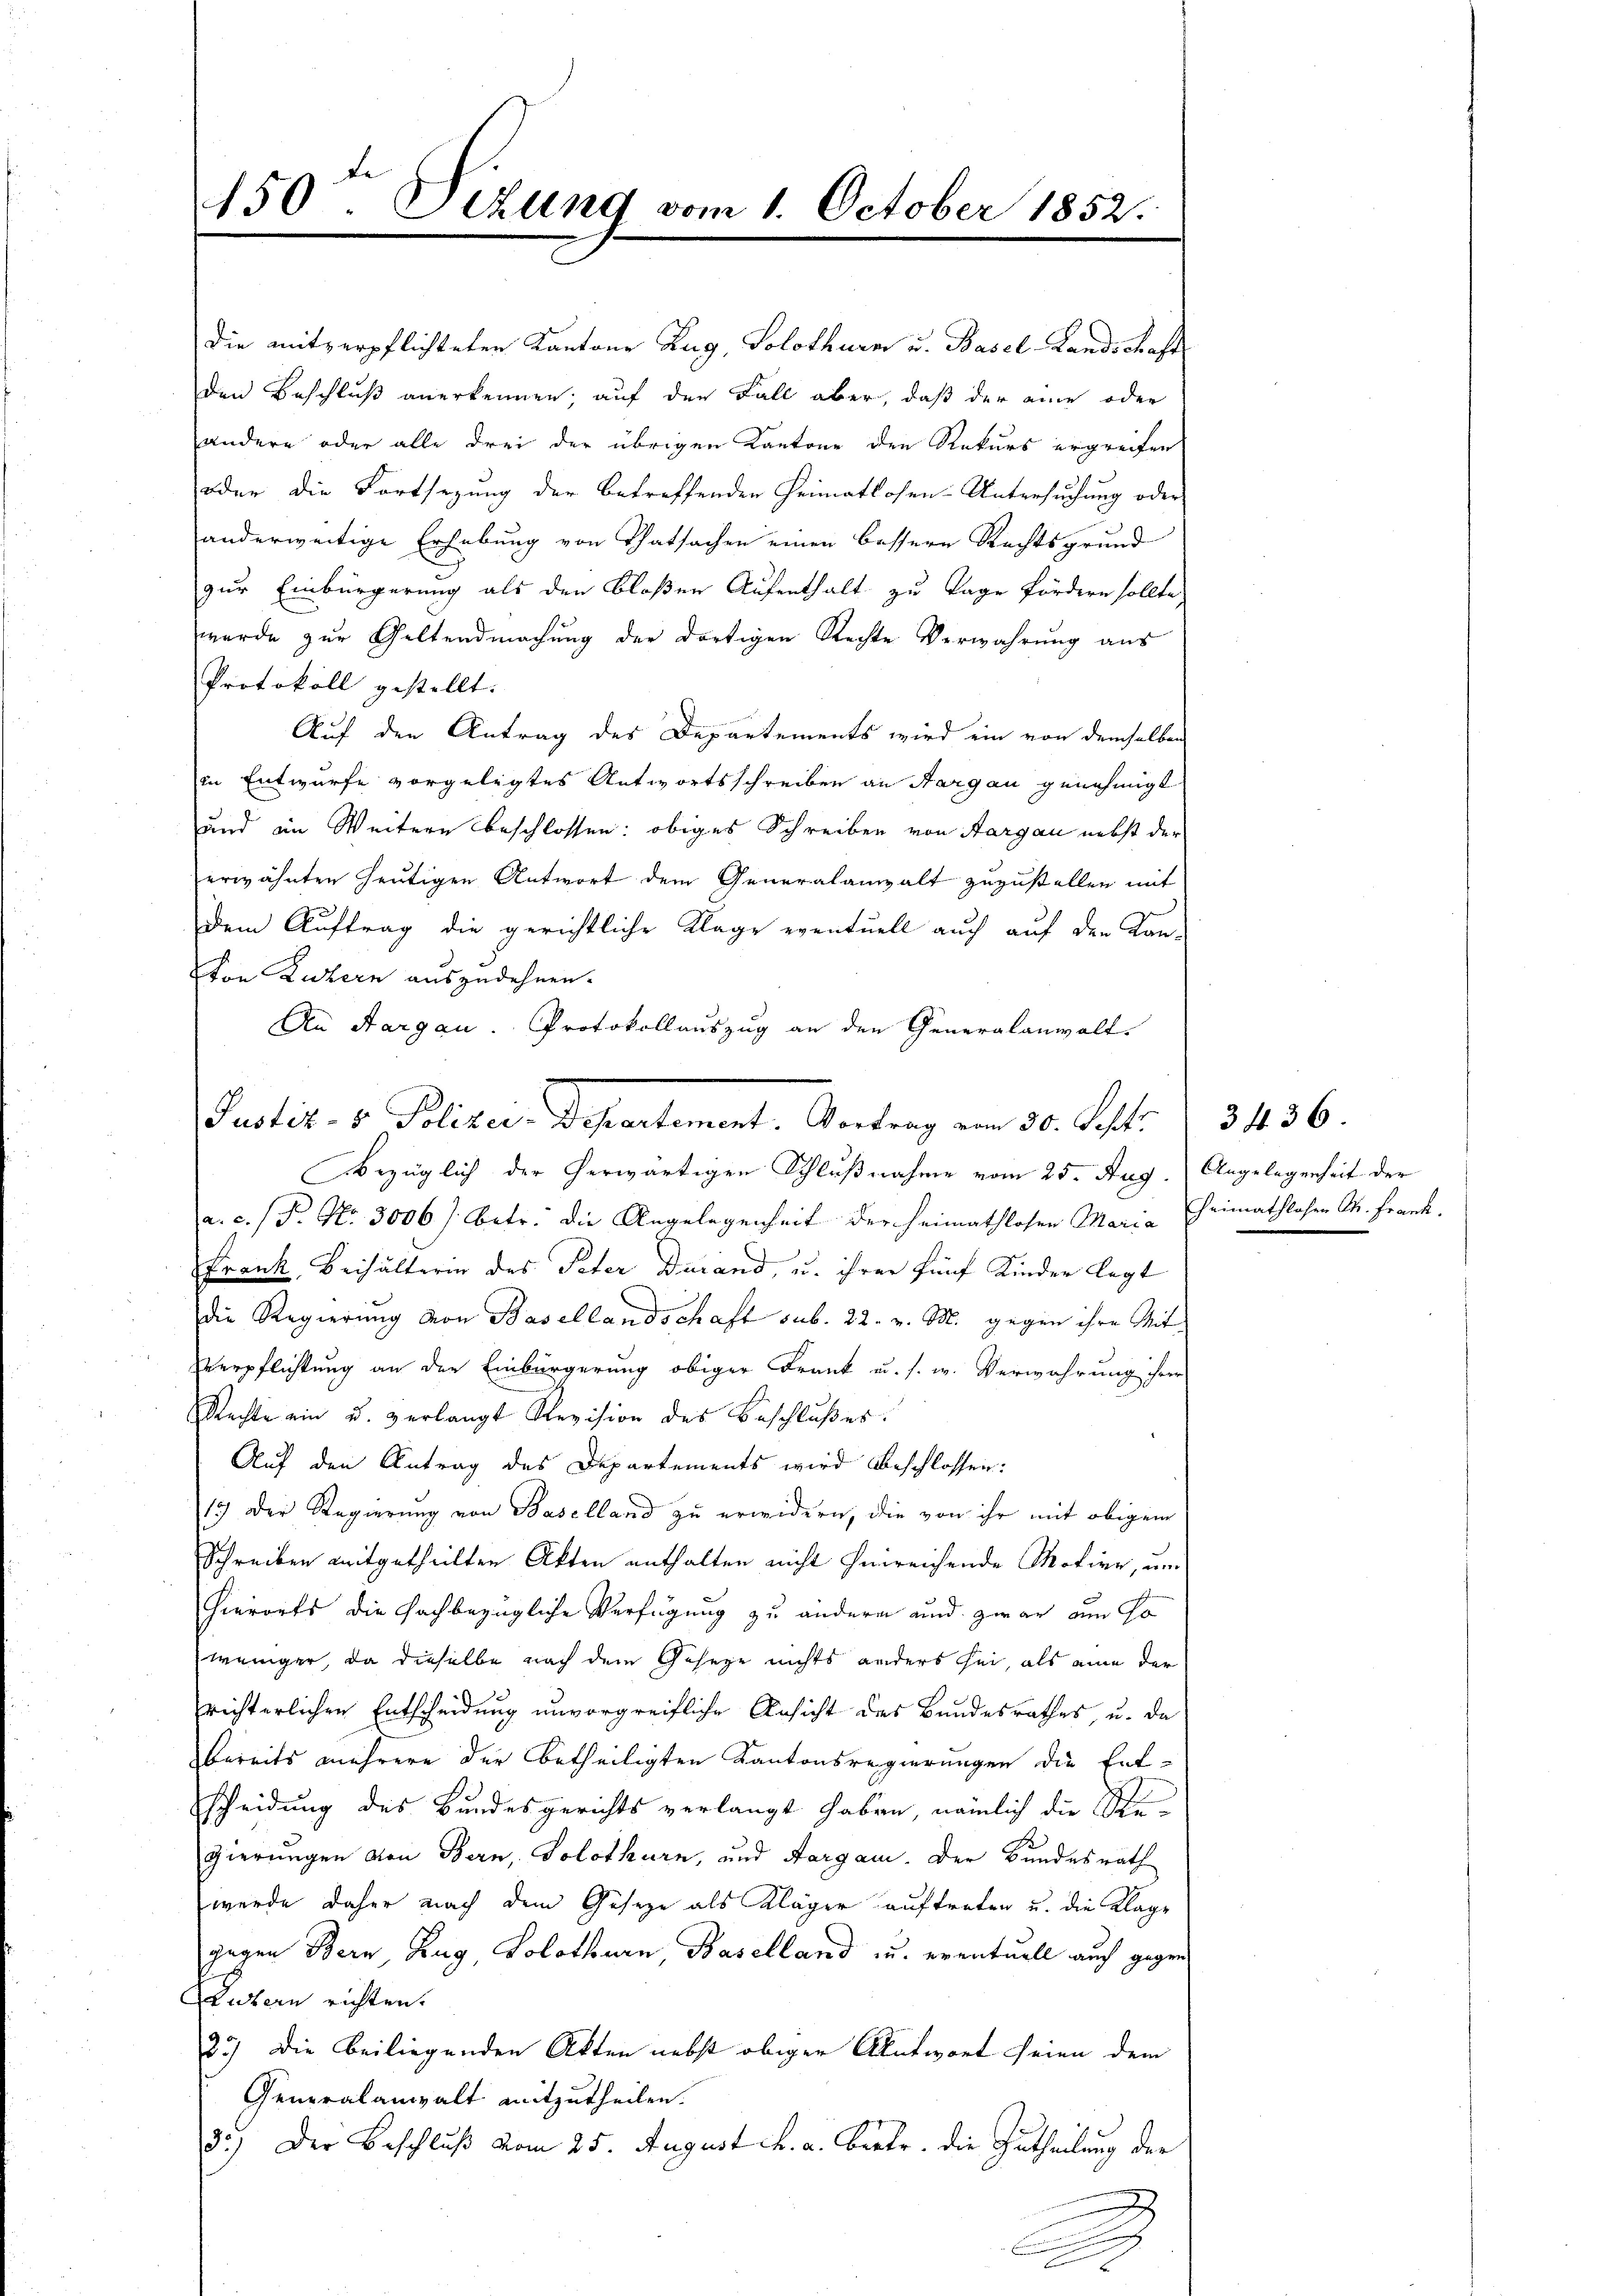
450. Sizung vom 1. October 1852.

die mitverpflichteten Kantons Zug, Solothurn u. Basel-Landschaft
den Beschluß anerkennen, auf der Fall aber, daß der eine oder
andere oder alle drei der übrigen Kantone den Rekurs ergreifen
oder die Fortsezung der betreffenden Heimatlosen-Untersuchung oder
anderweitige Erhebung von Thatsachen einen bessere Rechtsgrund
zur Einbürgerung als den bloßen Aufenthalt zu Tage fördern sollte,
wurde zur Geltendmachung der dortigen Rechte Verwahrung aus
Protokoll gestellt.
Auf den Antrag des Departements wird ein von demselben
in Entwurfe vorgelegtes Antwortsschreiben an Sargau genehmigt
und in Weitern beschlossen: obiges Schreiben von Aargau nebst der
erwähnten heutigen Antwort dem Generalanzalt zuzustellen mit
dem Auftrag die gerichtliche Klage eventuell auch auf den Kan-
Von Luzern auszudehnen.
An Aargau. Protokollauszug an den Generalanwalt.

Justiz- & Polizei. Departement, Vortrag am 30. Schli

Bezüglich der herwärtigen Schlußnahme vom 25. Aug. Angelegenheit der
a. c. (T. No. 3006/ betr. die Angelegenheit der Heimathlosen Maria Theimathlosen St. Frank.
Frank, Beihälterin des Peter Darand, u. ihrer fünf Kinder legt
die Regierung von Basellandschaft sub. 22. v. M. gegen ihre Mit¬
Verpflichtung an der Einbürgerung obiger Frank u. s. w. Verwahrung ihrer
Rechte ein u. verlangt Revision des Beschlußes.
Auf den Antrag des Departements wird beschlossen:
(15) Der Regierung von Baselland zu erwidern, die von ihr mit obigen
Schreiben mitgetheilten Akten enthalten nicht hinreichende Motive, um
hierorts die Fachbezügliche Verfügung zu andern und zwar am so
weniger, da dieselbe nach dem Geseze nichts anders sei, als eine der
richterlichen Entscheidung unvorgreifliche Ansicht des Bundesrathes, u. da
bereits mehrere der betheiligten Kantonsregierungen die Ent-
Scheidung des Bundesgerichts verlangt haben, nämlich die Stegierungen von Bern, Solothurn, und Aargau. Der Bundesrath
werde daher nach dem Gesetze als Kläger auftreten u. die Klage
gegen Bern Zug, Solothurn, Baselland u. eventuell auch gegen
Luzern richten.
35) Die beiliegenden Akten nebst obiger Antwort seien dem
Generalanwalt mitzutheilen.
3.) Der Beschluß vom 25. August h. a. Bertr. die Zutheilung der
2
n

3436.